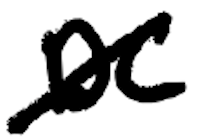
Text: DC
Cross-out: diagonal
Writing tool: digital_black